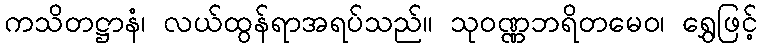
ကသိတဋ္ဌာနံ၊ လယ်ထွန်ရာအရပ်သည်။ သုဝဏ္ဏဘရိတမေဝ၊ ရွှေဖြင့်